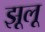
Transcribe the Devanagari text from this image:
झूलू